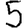
Digit: 5